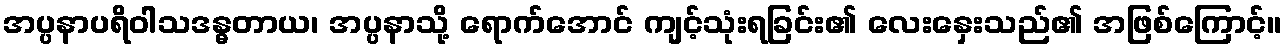
အပ္ပနာပရိဝါသဒန္ဓတာယ၊ အပ္ပနာသို့ ရောက်အောင် ကျင့်သုံးရခြင်း၏ လေးနှေးသည်၏ အဖြစ်ကြောင့်။